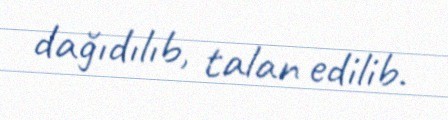
dağıdılıb, talan edilib.